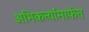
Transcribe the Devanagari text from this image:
अभिकर्त्यांमार्फत